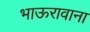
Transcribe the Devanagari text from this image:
भाऊरावाना